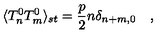
\langle T _ { n } ^ { 0 } T _ { m } ^ { 0 } \rangle _ { s t } = \frac { p } { 2 } n \delta _ { n + m , 0 } \quad ,